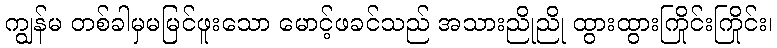
ကျွန်မ တစ်ခါမှမမြင်ဖူးသော မောင့်ဖခင်သည် အသားညိုညို ထွားထွားကြိုင်းကြိုင်း၊